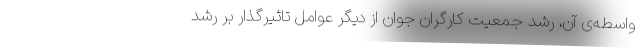
واسطه‌ی آن، رشد جمعیت کارگران جوان از دیگر عوامل تاثیرگذار بر رشد